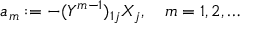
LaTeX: a _ { m } : = - ( Y ^ { m - 1 } ) _ { 1 j } X _ { j } , \quad m = 1 , 2 , \dots